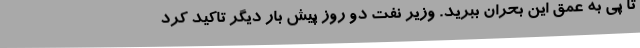
تا پی به عمق این بحران ببرید. وزیر نفت دو روز پیش بار دیگر تاکید کرد